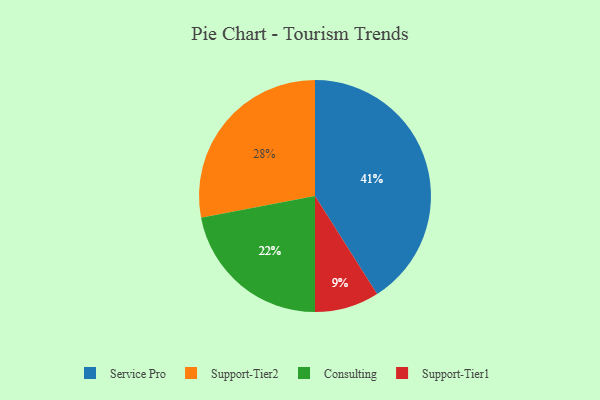
{"axis": {"x": "Category", "y": "Percentage"}, "legend": ["Consulting", "Service Pro", "Support-Tier1", "Support-Tier2"], "data": [{"x": "Service Pro", "y": 41, "type": "Service Pro"}, {"x": "Consulting", "y": 22, "type": "Consulting"}, {"x": "Support-Tier1", "y": 9, "type": "Support-Tier1"}, {"x": "Support-Tier2", "y": 28, "type": "Support-Tier2"}]}